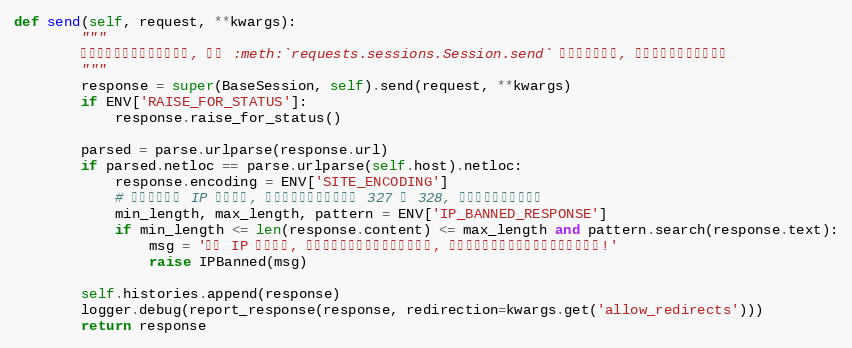
Language: Python
def send(self, request, **kwargs):
        """
        所有接口用来发送请求的方法, 只是 :meth:`requests.sessions.Session.send` 的一个钩子方法, 用来处理请求前后的工作
        """
        response = super(BaseSession, self).send(request, **kwargs)
        if ENV['RAISE_FOR_STATUS']:
            response.raise_for_status()

        parsed = parse.urlparse(response.url)
        if parsed.netloc == parse.urlparse(self.host).netloc:
            response.encoding = ENV['SITE_ENCODING']
            # 快速判断响应 IP 是否被封, 那个警告响应内容长度为 327 或 328, 保留一点余量确保准确
            min_length, max_length, pattern = ENV['IP_BANNED_RESPONSE']
            if min_length <= len(response.content) <= max_length and pattern.search(response.text):
                msg = '当前 IP 已被锁定, 如果可以请尝试切换教务系统地址, 否则请在更换网络环境或等待解封后重试!'
                raise IPBanned(msg)

        self.histories.append(response)
        logger.debug(report_response(response, redirection=kwargs.get('allow_redirects')))
        return response